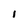
Character: I